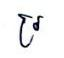
រ្រ